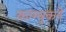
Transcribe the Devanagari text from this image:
काम्युकने